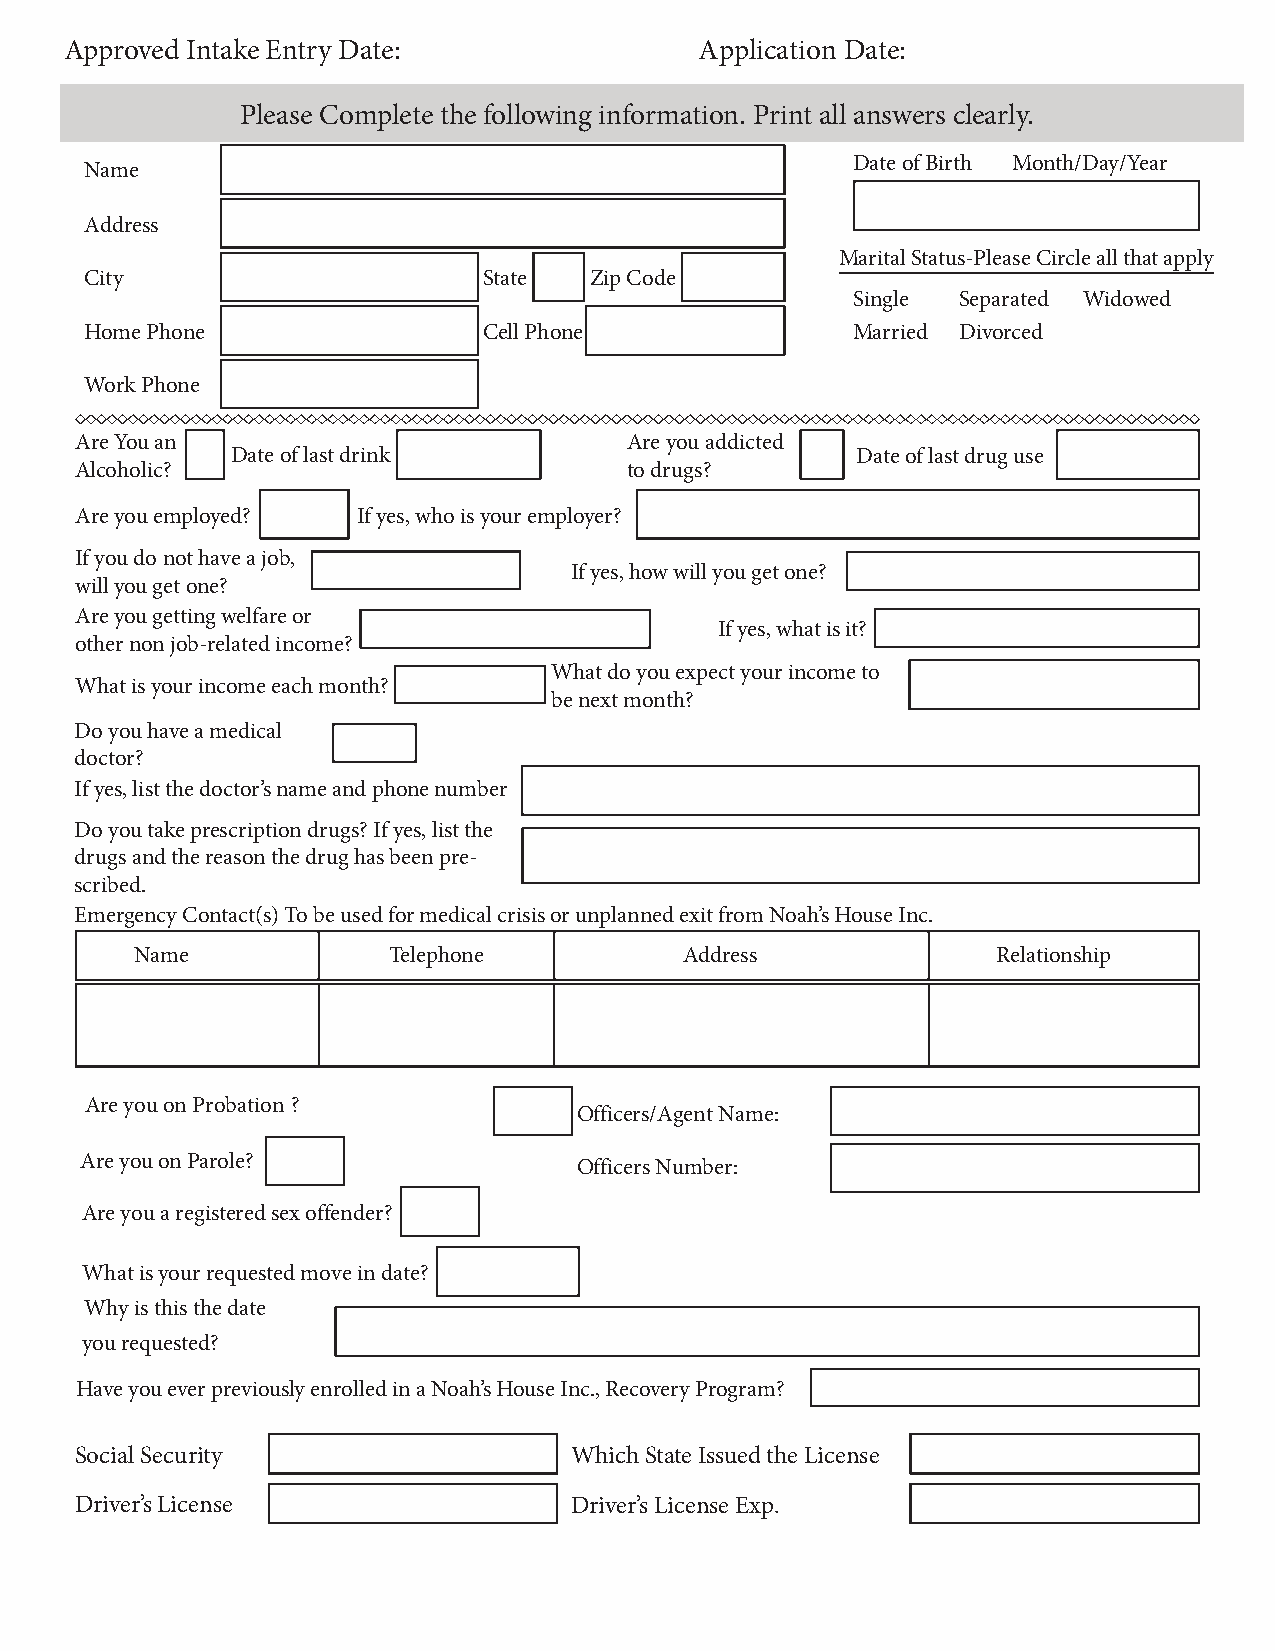
Approved Intake Entry Date:               Application Date:
 Please Complete the following information. Print all answers clearly.
 Date of Birth Month/Day/Year
 Name
 Address
 Marital Status-Please Circle all that apply
 City                      State  Zip Code
 Single Separated Widowed
 Home Phone                Cell Phone              Married Divorced
 Work Phone
 Are You an                          Are you addicted
 Date of last drink                        Date of last drug use
 Alcoholic?                          to drugs?
 Are you employed?  If yes, who is your employer?
 If you do not have a job,
 If yes, how will you get one?
 will you get one?
 Are you getting welfare or
 If yes, what is it?
 other non job-related income?
 What do you expect your income to
 What is your income each month?
 be next month?
 Do you have a medical
 doctor?
 If yes, list the doctor’s name and phone number
 Do you take prescription drugs? If yes, list the
 drugs and the reason the drug has been pre-
 scribed.
 Emergency Contact(s) To be used for medical crisis or unplanned exit from Noah’s House Inc.
 Name             Telephone          Address              Relationship
 Are you on Probation ?
 Officers/Agent Name:
 Are you on Parole?
 Officers Number:
 Are you a registered sex offender?
 What is your requested move in date?
 Why is this the date
 you requested?
 Have you ever previously enrolled in a Noah’s House Inc., Recovery Program?
 Social Security                  Which State Issued the License
 Driver’s License                 Driver’s License Exp.